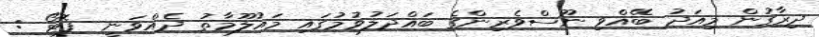
ދިރާގުން މިއަދު ބޭއްވި ނޫސްވެރިންގެ ބައްދަލުވުމުގައި މައުލޫމާތު ދެއްވަނީ  ފޮޓޯ :